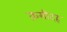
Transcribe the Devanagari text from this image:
क़सीदह